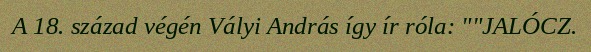
A 18. század végén Vályi András így ír róla: ""JALÓCZ.